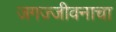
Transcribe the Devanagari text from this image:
जगज्जीवनाचा